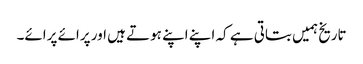
تاریخ ہمیں بتاتی ہے کہ اپنے اپنے ہوتے ہیں اور پرائے پرائے۔